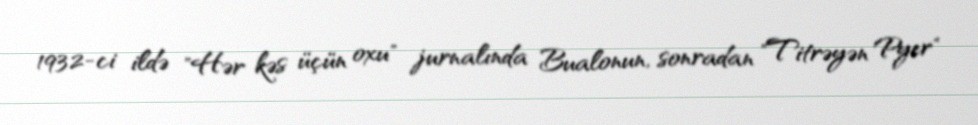
1932-ci ildə "Hər kəs üçün oxu" jurnalında Bualonun, sonradan "Titrəyən Pyer"